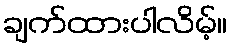
ချက်ထားပါလိမ့်။